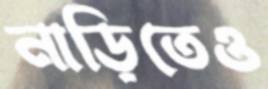
নাড়িতেও